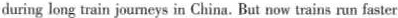
during long train journeys in China. But now trains run faster